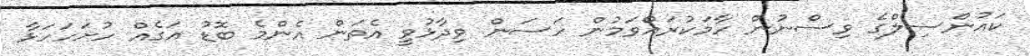
ކައުންސިލްގެ ވިސްނުން ހާމަކުރައްވަމުން ހަސަން ވިދާޅުވީ އެތަން އެންމެ ބޮޑު އަގެއް ހުށަހަހަޅާ